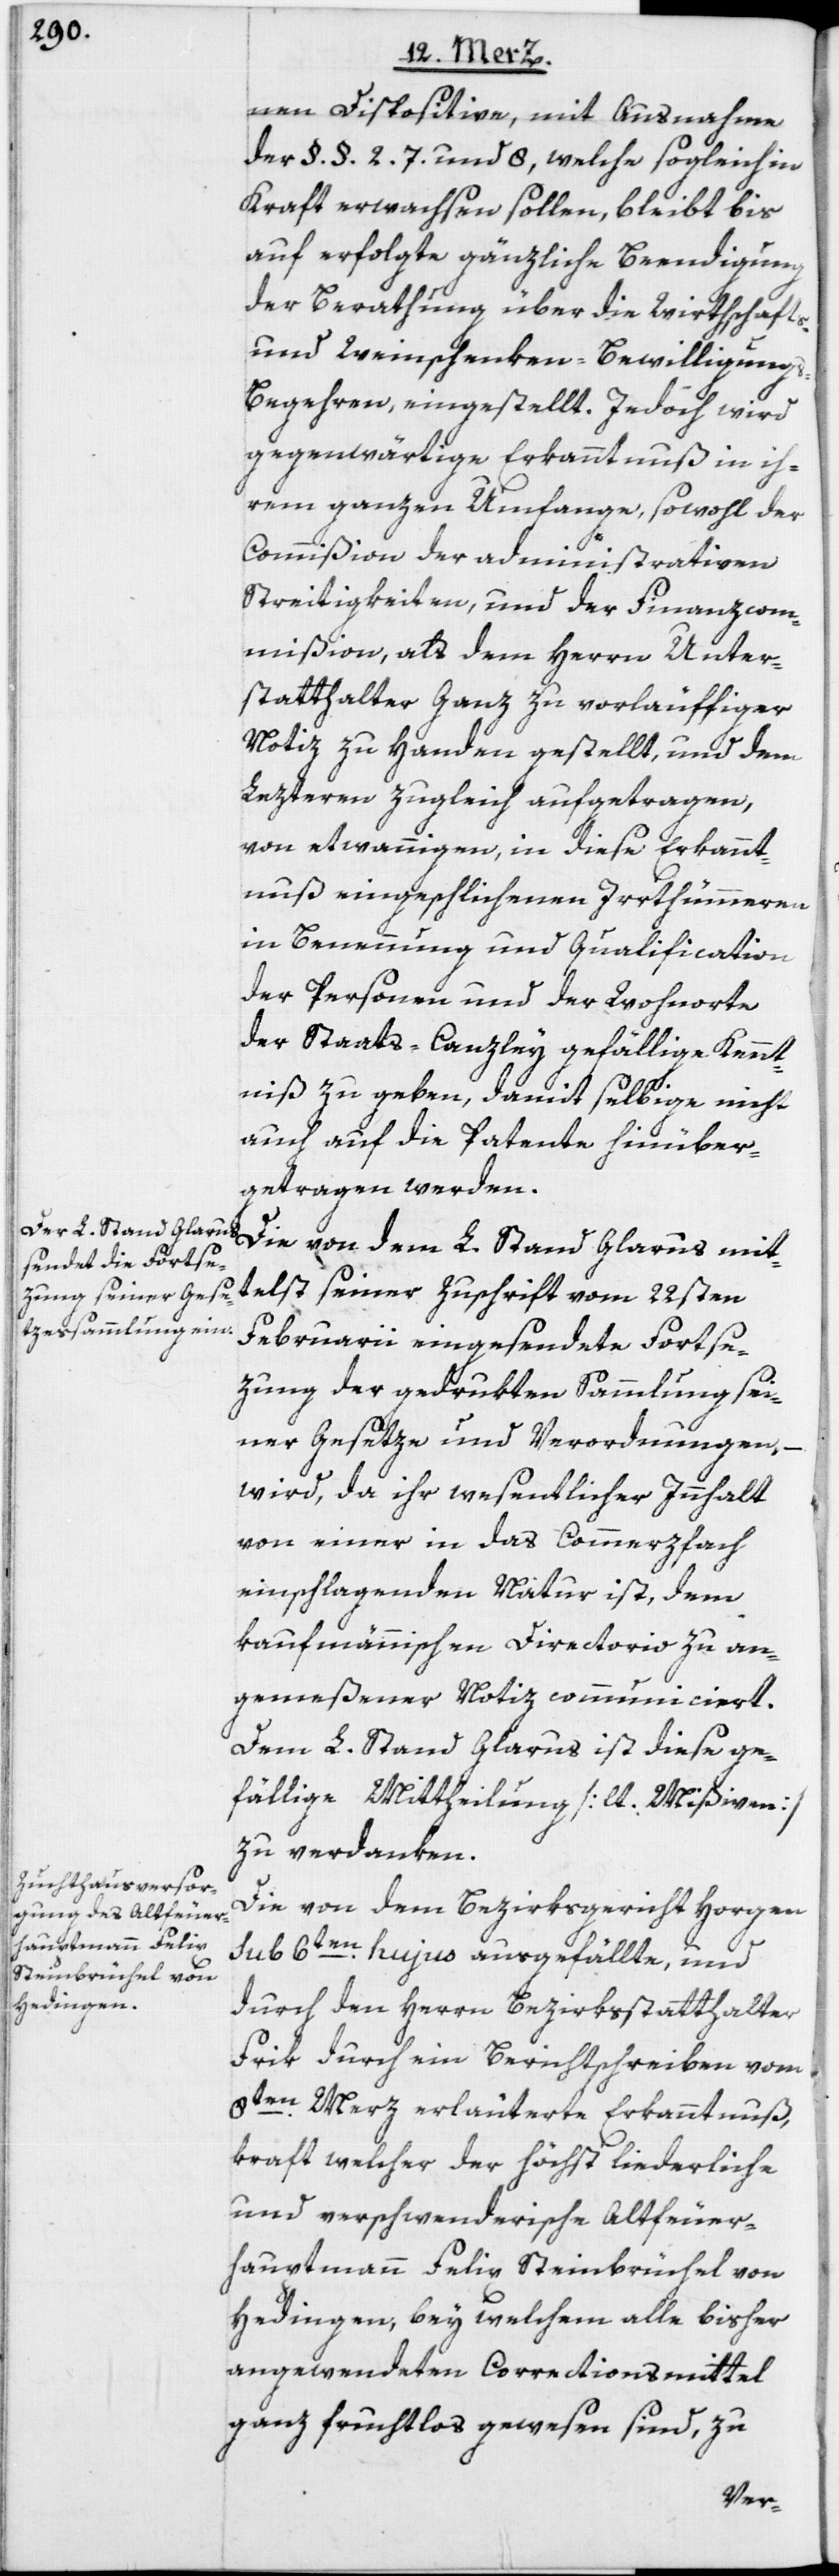
nen Dispositive, mit Ausnahme
der §. §. 2.[,] 7. und 8, welche sogleich in
Kraft erwachsen sollen, bleibt bis
auf erfolgte gänzliche Beendigung
der Berathung über die Wirthschafts-
und Weinschenken-Bewilligung¬
s-Begehren, eingestellt. Jedoch wird
gegenwärtige Erkanntnuß in ih¬
rem ganzen Umfange, sowohl der
Commißion der administrativen
Streitigkeiten, und der Finanzcom¬
mißion, als dem Herrn Unter¬
statthalter Ganz zu vorläuffiger
Notiz zu Handen gestellt, und dem
Lezteren zugleich aufgetragen,
von etwannigen, in diese Erkannt¬
nuß eingeschlichenen Irrthümeren
in Benennung und Qualification
der Personen und der Wohnorte,
der Staats-Canzley gefällige Kennt¬
niß zu geben, damit selbige nicht
auch auf die Patente hinüber¬
getragen werden.
seiner Zuschrift vom 22sten
Februarii eingesendete Fortse¬
zung der gedrukten Sammlung sei¬
ner Gesetze und Verordnungen, –
wird, da ihr wesentlicher Innhalt
von einer in das Commerzfach
einschlagenden Natur ist, dem
kaufmännischen Directorio zu an¬
gemeßener Notiz communiciert.
Dem L. Stand Glarus ist diese ge¬
fällige Mittheilung [lt. Mißiven]
zu verdanken.
Die von dem Bezirksgericht Horgen
sub 6ten hujus ausgefällte, und
durch den Herrn Bezirksstatthalter
Frik durch ein Berichtschreiben vom
8ten Merz erläuterte Erkanntnus,
kraft welcher der höchst liederliche
und verschwenderische Altfeuer¬
hauptmann Felix Steinbrüchel von
Hedingen, bey welchem alle bisher
angewendeten Correctionsmittel
ganz fruchtlos gewesen sind, zu